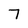
Character: 7